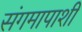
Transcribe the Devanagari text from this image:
संगमापाशी